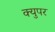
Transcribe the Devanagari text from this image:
क्युपर